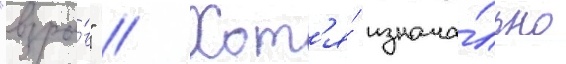
"взры́в" // Хот'я́ изнача́льно